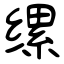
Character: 缧